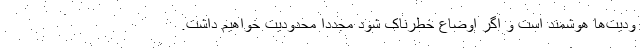
ودیت‌ها هوشمند است و اگر اوضاع خطرناک شود مجددا محدودیت خواهیم داشت.